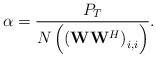
\begin{align*}\alpha = \frac{P_T}{N \left(\left(\mathbf{W}\mathbf{W}^H \right)_{i,i}\right)}.\end{align*}